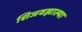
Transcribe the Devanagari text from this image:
शिजवझाल्या